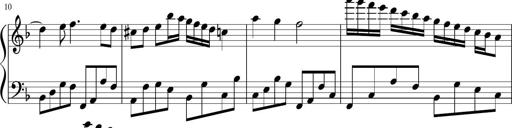
Title: Sonatina di Santa Gemma, JKB 12
Composer: Jason Baruk
Key: F major